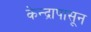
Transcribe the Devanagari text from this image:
केन्द्रापासून